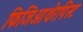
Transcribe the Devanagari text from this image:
फिजिओथेरपिस्ट